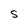
Character: S